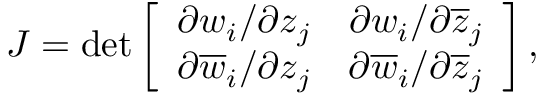
J = \operatorname * { d e t } \left[ \begin{array} { c c } { { \partial w _ { i } / \partial z _ { j } } } & { { \partial w _ { i } / \partial \overline { { { z } } } _ { j } } } \\ { { \partial \overline { { { w } } } _ { i } / \partial z _ { j } } } & { { \partial \overline { { { w } } } _ { i } / \partial \overline { { { z } } } _ { j } } } \end{array} \right] ,